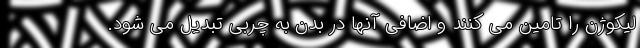
لیکوژن را تامین می کنند و اضافی آنها در بدن به چربی تبدیل می شود.